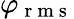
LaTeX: \varphi_{\mathrm{~r~m~s~}}